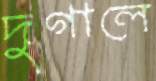
দুগালে